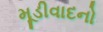
મૂડીવાદનો